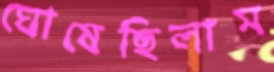
ঘোষেছিলাম